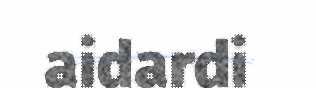
aidardi